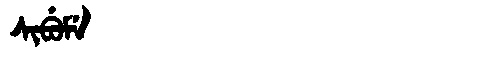
Manchu: ᠰᡳᠪᡠᠮᡝ
Romanization: SIBUME